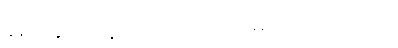
နည်းနည်း နားတာ ကောင်းမယ် ထင်တယ်။